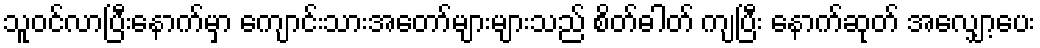
သူဝင်လာပြီးနောက်မှာ ကျောင်းသားအတော်များများသည် စိတ်ဓါတ် ကျပြီး နောက်ဆုတ် အလျှော့ပေး